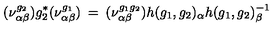
( \nu _ { \alpha \beta } ^ { g _ { 2 } } ) g _ { 2 } ^ { * } ( \nu _ { \alpha \beta } ^ { g _ { 1 } } ) \: = \: ( \nu _ { \alpha \beta } ^ { g _ { 1 } g _ { 2 } } ) h ( g _ { 1 } , g _ { 2 } ) _ { \alpha } h ( g _ { 1 } , g _ { 2 } ) _ { \beta } ^ { - 1 }